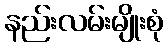
နည်းလမ်းမျိုးစုံ